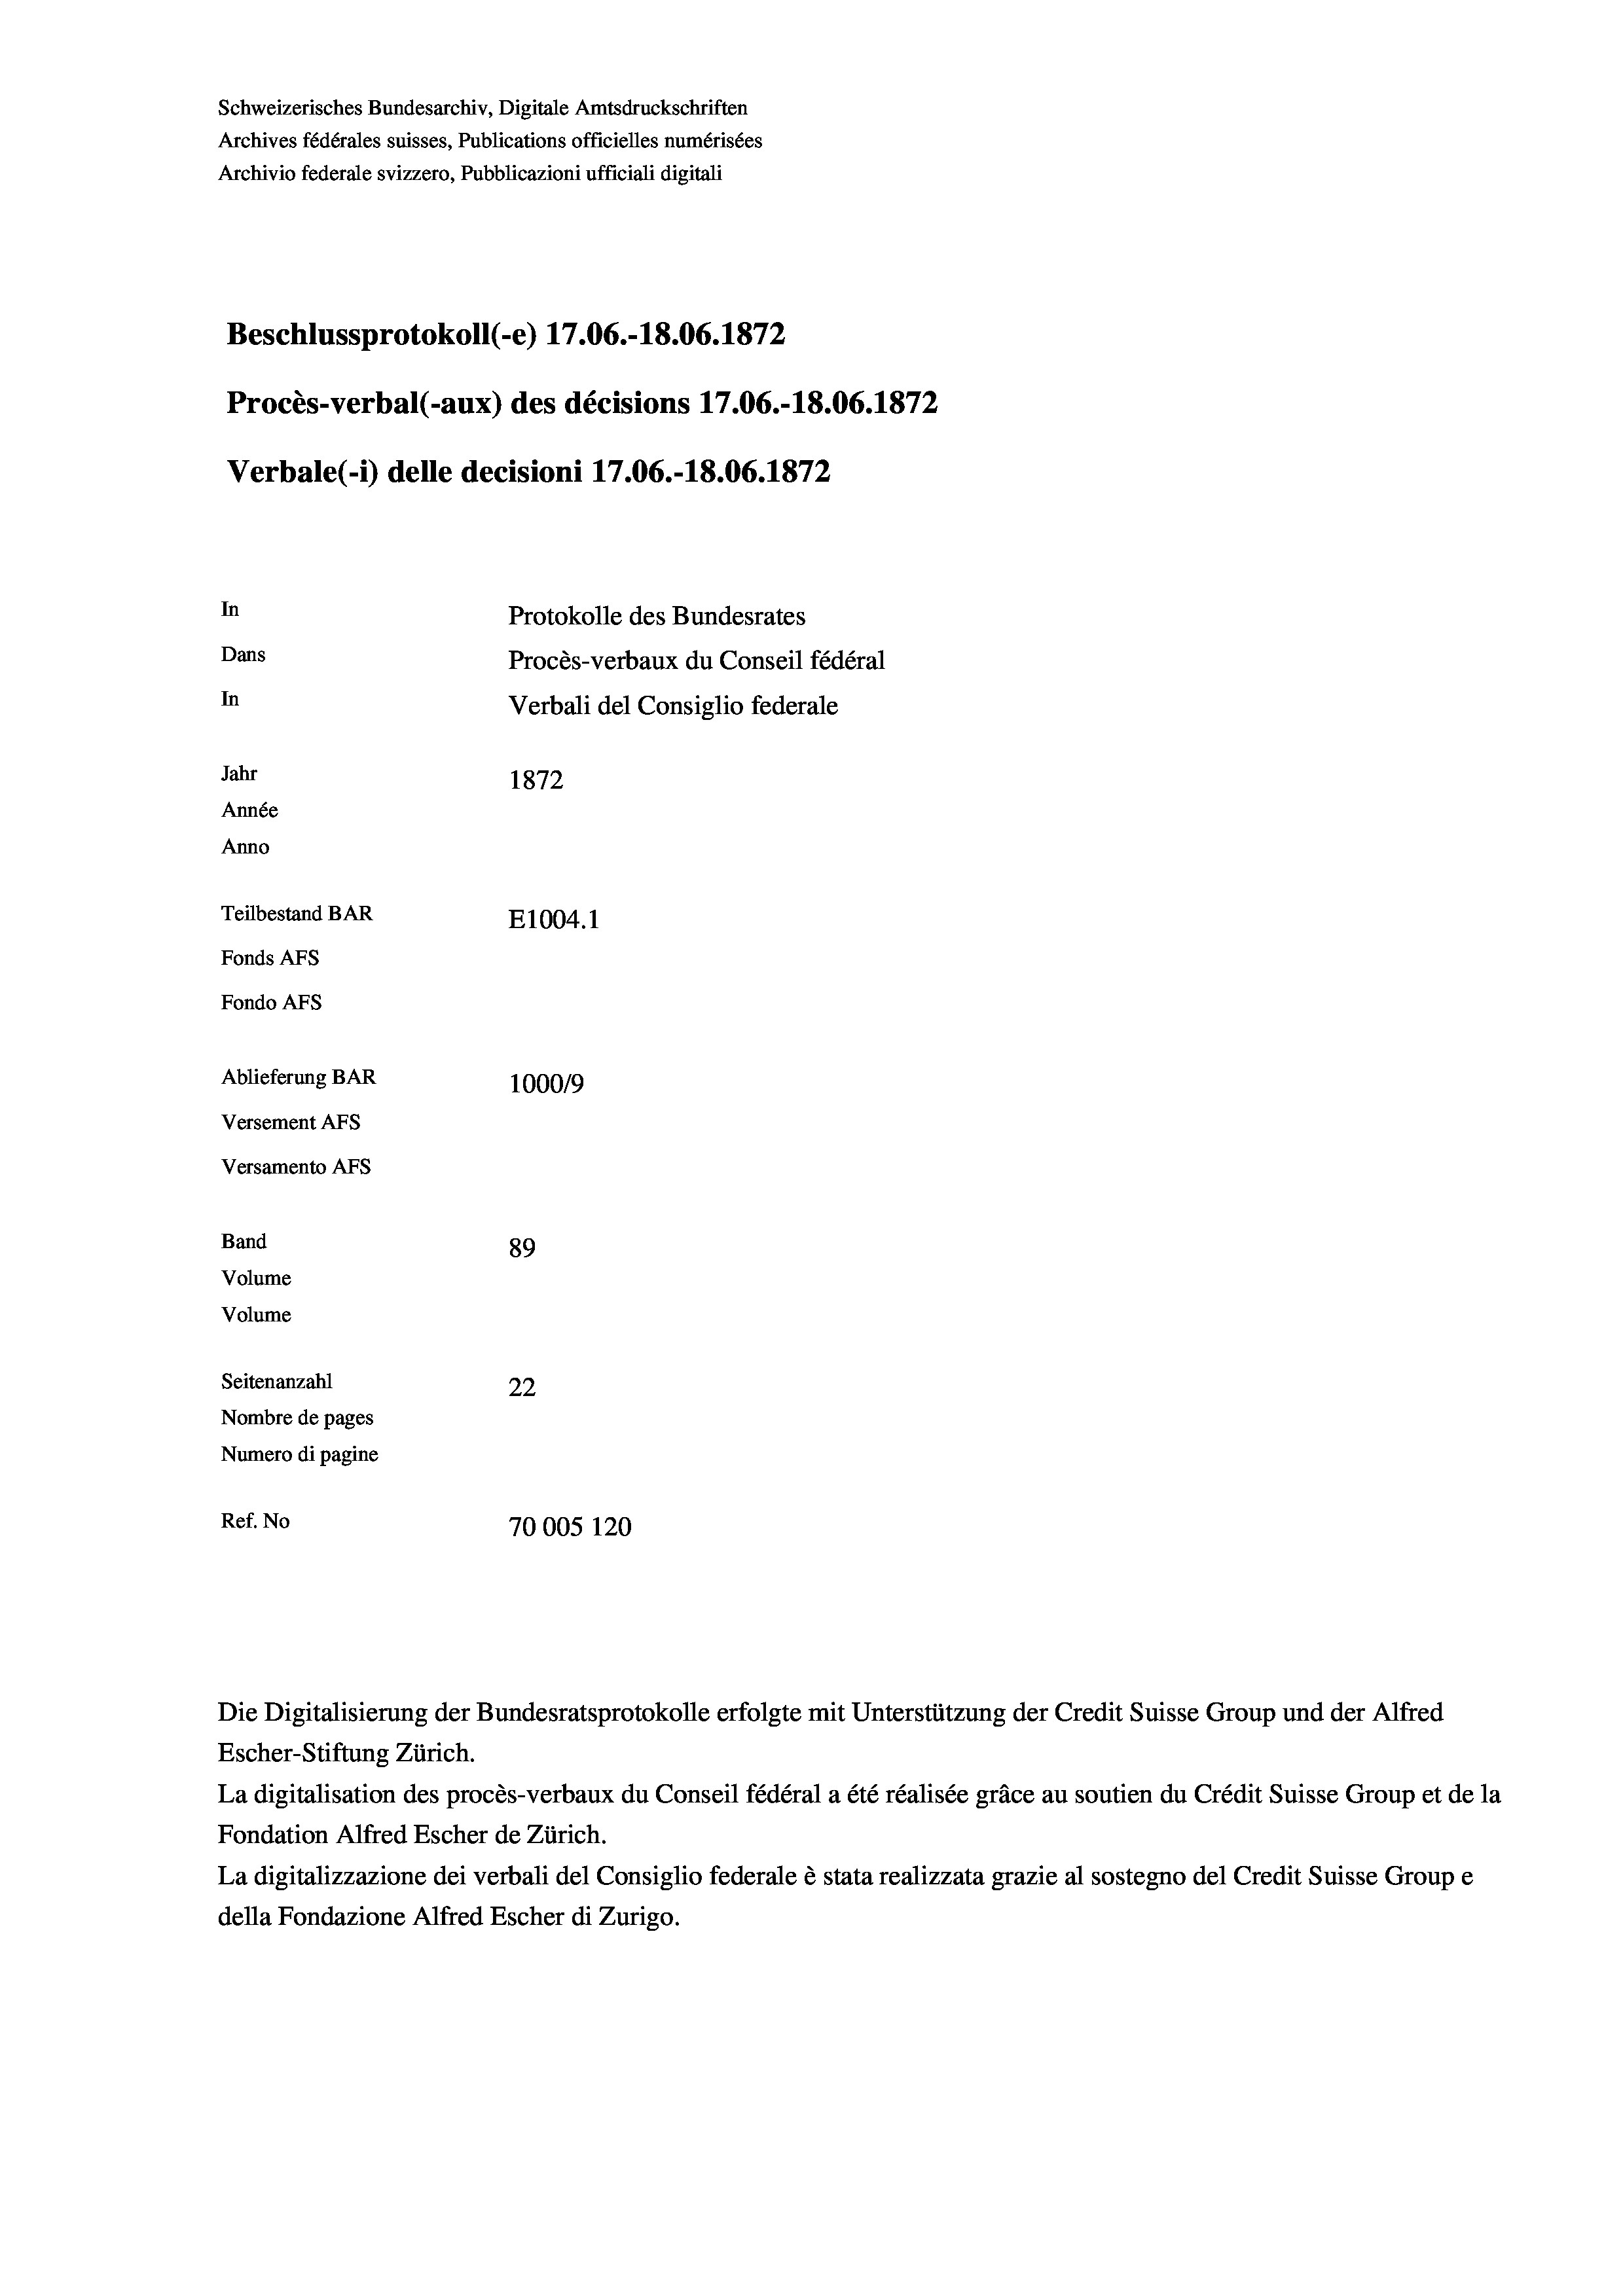
Schweizerisches Bundesarchiv, Digitale Amtsdruckschriften
Archives fédérales suisses, Publications officielles numérisées
Archivio federale svizzero, Pubblicazioni ufficiali digitali
Beschlussprotokoll (-e) 17.06.-18.06. 1872
Procès-verbal (-aux) des décisions 17.06.-18.06. 1872
Verbale (i) delle decisioni 17.06.-18.06. 1872
In
Protokolle des Bundesrates
Dans
Procès-verbaux du Conseil fédéral
In
Verbali del Consiglio federale
Jahr
1872
Année
Anno
Teilbestand BAR
E1004. 1
Fonds AFs
Fondo Afs
Ablieferung BAR
100019
Versement AFs
Versamento AFs
Band
89
Volume
Volume
Seitenanzahl
22
Nombre de pages
Numero di pagine
Ref. No
70005 120

Die Digitalisierung der Bundesratsprotokolle erfolgte mit Unterstützung der Credit Suisse Group und der Alfred
Escher-Stiftung Zürich.
La digitalisation des procès-verbaux du Conseil fédéral a été réalisée gräce au soutien du Crédit Suisse Group et de la
Fondation Alfred Escher de Zürich.
La digitalizzazione dei verbali del Consiglio federale è stata realizzata grazie al sostegno del Credit Suisse Groupe
della Fondazione Alfred Escher di Zurigo.